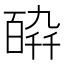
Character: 𤾋